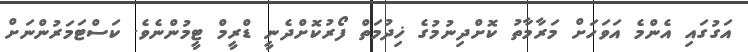
އަގުގައި އެންމެ އަވަހަށް މަރާމާތު ކޮށްދިނުމުގެ ޚިދުމަަތް ފޯރުކޮށްދެނީ ޑްރީމް ޓީމުންނެވެ. ކަަސްޓަމަރުންނަށް